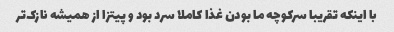
با اینکه تقریبا سرکوچه ما بودن غذا کاملا سرد بود و پیتزا از همیشه نازک‌تر